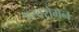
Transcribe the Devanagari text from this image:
र्‍हस्वरोमन्